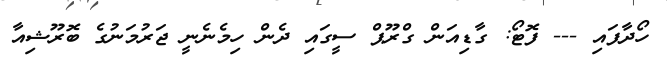
ހޯދާފައި --- ފޮޓޯ: ގާޑިއަން ގްރޫޕް ސީގައި ދެން ހިމެނެނީ ޖަރުމަނުގެ ބޮރޫޝިއާ